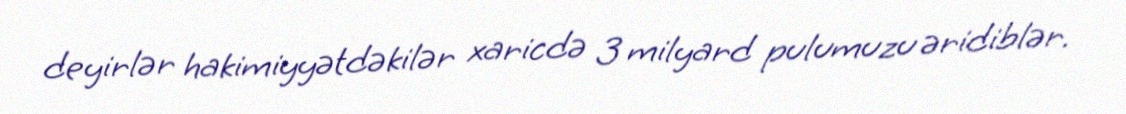
deyirlər hakimiyyətdəkilər xaricdə 3 milyard pulumuzu əridiblər.